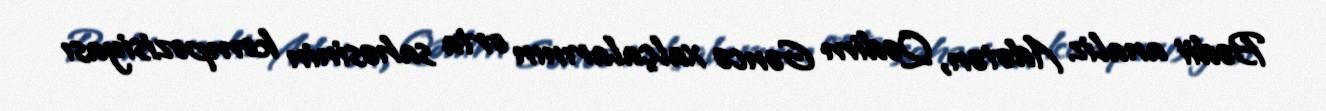
Bədii analiz Adətən, Qədim Gəncə xalçalarının orta sahəsinin kompozisiyası